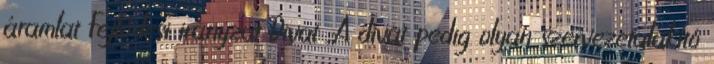
áramlat Fejlődési irányzat Divat „A divat pedig olyan szervezetalakító